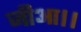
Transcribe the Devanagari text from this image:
जीआ।।